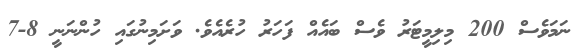
ނަމަވެސް 200 މިލިމީޓަރު ވެސް ބައެއް ފަހަރު ހުރެއެވެ. ވަށަމިނުގައި ހުންނަނީ 8-7